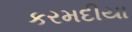
કરમદીયા